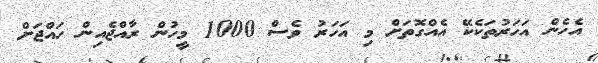
އެހެން އަހަރުތަކެކޭ އެއްގޮތަށް މި އަހަރު ވެސް 1000 މީހުން ރާއްޖެއިން ހައްޖަށް